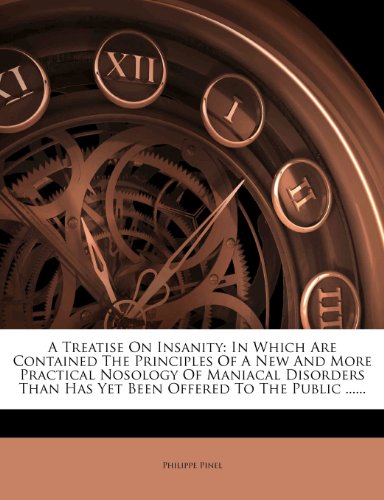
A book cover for A Treatise On Insanity: In Which Are Contained The Principles Of A New And More Practical Nosology Of Maniacal Disorders Than Has Yet Been Offered To The Public ......; Philippe Pinel; Medical Books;